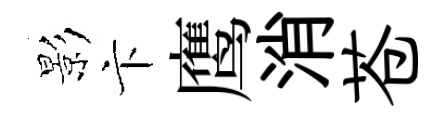
影卞鹰消苍